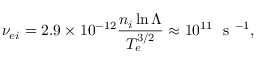
\nu _ { e i } = 2 . 9 \times 1 0 ^ { - 1 2 } \frac { n _ { i } \ln { \Lambda } } { T _ { e } ^ { 3 / 2 } } \approx 1 0 ^ { 1 1 } \ \mathrm { ~ s ~ } ^ { - 1 } ,